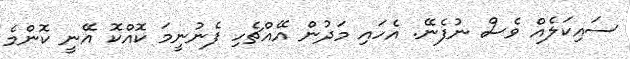
ސައިކަލެއް ވެސް ނުފެނޭ. އެހައި މަދުން އޭއްޗެހި ފެނުނީމަ ކޮއްކޮ އޭނީ ކޮންމެ